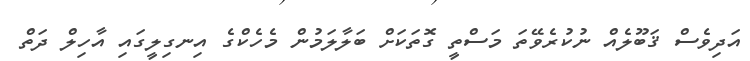
އަދިވެސް ޤަބޫލެއް ނުކުރެވޭތަ މަސްތީ ގޮތަކަށް ބަލާލަމުން މެހެކްގެ އިނގިލީގައި އާހިލް ދަތް